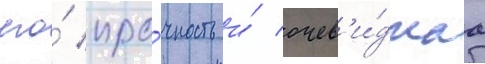
его́ про́чность и́ очев'и́днаа